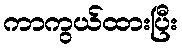
ကာကွယ်ထားပြီး